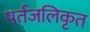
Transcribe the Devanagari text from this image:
पर्तजलिकृत